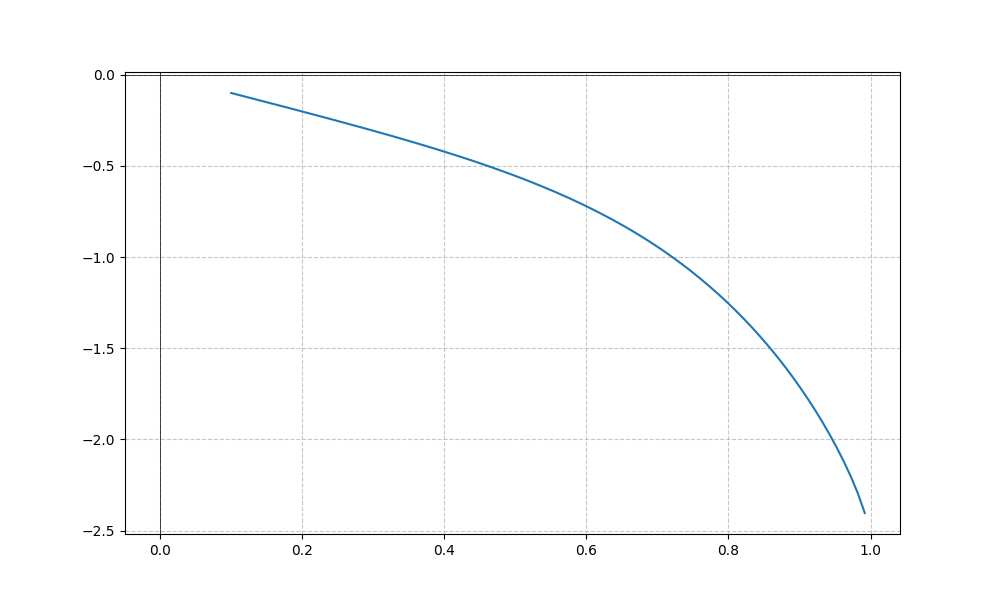
LaTeX formula: - x^{5} - \operatorname{asin}{\left(x \right)}